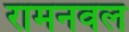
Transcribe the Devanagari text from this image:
रामनवल